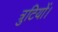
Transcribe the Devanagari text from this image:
त्रुटियों।